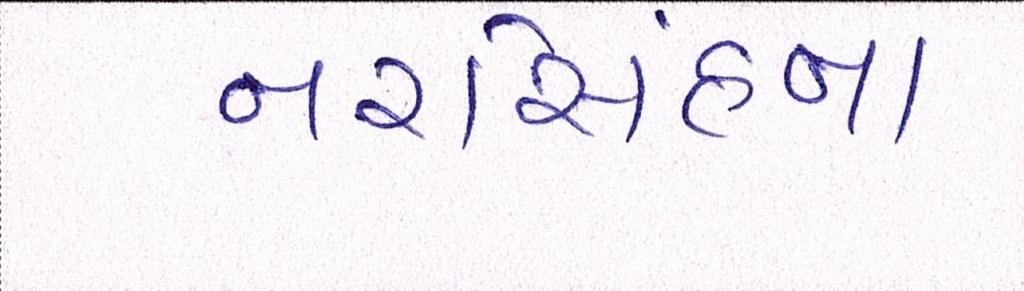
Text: નરસિંહના